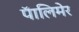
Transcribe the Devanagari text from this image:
पॅालिमेर